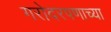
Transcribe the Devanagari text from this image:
गरोदरपणाच्या